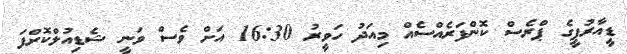
ޑީއާރުޕީގެ ޕްރެސް ކޮންފަރެއްސެއްް މިއަދު ހަވީރު 16:30 އަށް ވެސް ވަނީ ޝެޑިއުލްކޮށްފަ